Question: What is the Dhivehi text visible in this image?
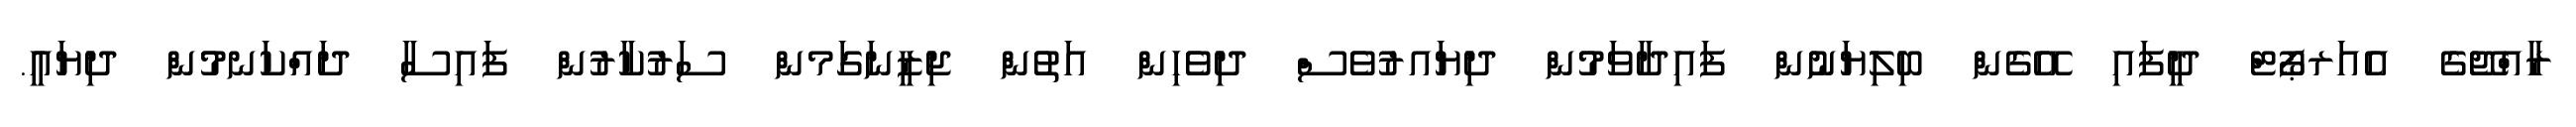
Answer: ރާއްޖޭގެ އެއަރޕޯޓް ދީފައި އޭގެން ބިލިޔަނުން ފައިދާވަމުން ދިޔައރުވެސް ދިވެހިން އަތުން ޖިޒީނަގަމން ސަރުކާރުން ފައިސާ ދައްކަނމުން ދިޔައީ.